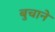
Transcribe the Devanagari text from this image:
बुचाने